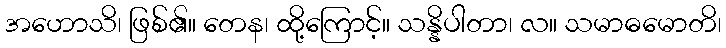
အဟောသိ၊ ဖြစ်၏။ တေန၊ ထို့ကြောင့်။ သန္နိပါတာ၊ လ။ သမာဓမောတိ၊